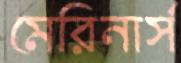
মেরিনার্স